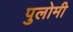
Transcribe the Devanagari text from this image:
पुलोमी